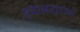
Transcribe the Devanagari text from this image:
हवालदारांचा